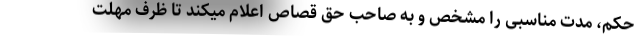
حکم، مدت مناسبی را مشخص و به صاحب حق قصاص اعلام میکند تا ظرف مهلت